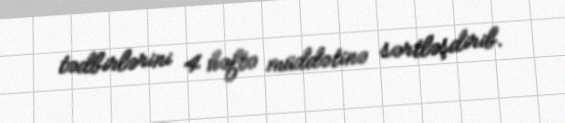
tədbirlərini 4 həftə müddətinə sərtləşdirib.